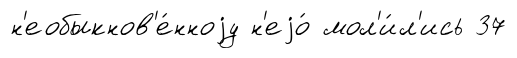
н'еобыкнов'е́нноjу н'еjо́ мол'и́л'ись 37